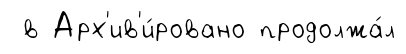
в Арх'ив'и́ровано продолжа́л